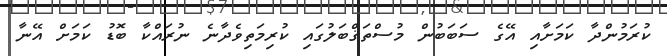
ކުރަމުންދާ ކަމަށާއި އޭގެ ސަބަބުން މުސްތަޤްބަލުގައި ކުރިމަތިވެދާނެ ނުރައްކާ ބޮޑު ކަމަށް އޭނާ